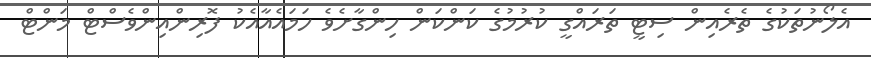
އެލޯނުތަކުގެ ތެރެއިން ސިޓީ ތަރައްގީ ކުރުމުގެ ކަންކަން ހިންގާށެވެ ހަމައެއާއެކު ފޮރިންއިންވެސްޓް މަންޓް